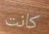
كانت